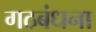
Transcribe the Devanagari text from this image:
गठबंधना